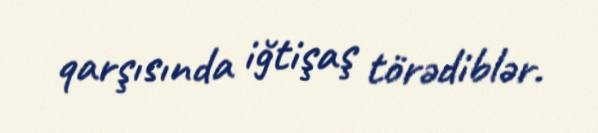
qarşısında iğtişaş törədiblər.